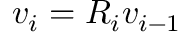
v _ { i } = R _ { i } v _ { i - 1 }